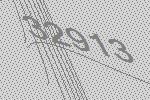
32913